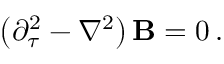
\left( \partial _ { \tau } ^ { 2 } - \nabla ^ { 2 } \right) { \bf B } = 0 \, .